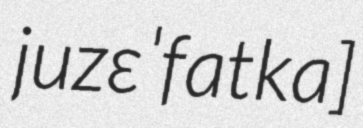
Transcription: juzɛˈfatka]